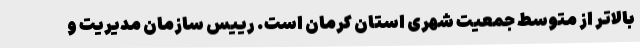
بالاتر از متوسط جمعیت شهری استان کرمان است. رییس سازمان مدیریت و